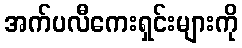
အက်ပလီကေးရှင်းများကို